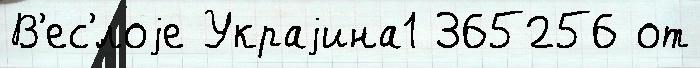
В'ес'́лоjе Украjина1 365256 от